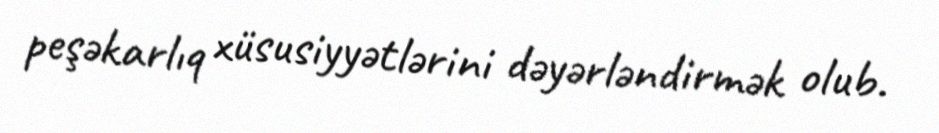
peşəkarlıq xüsusiyyətlərini dəyərləndirmək olub.